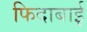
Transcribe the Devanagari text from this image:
फिदाबाई